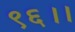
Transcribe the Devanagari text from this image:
९६।।